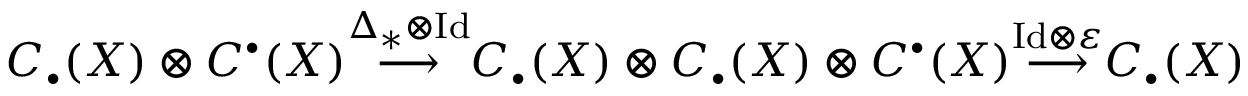
C _ { \bullet } ( X ) \otimes C ^ { \bullet } ( X ) { \overset { \Delta _ { * } \otimes \mathrm { I d } } { \longrightarrow } } C _ { \bullet } ( X ) \otimes C _ { \bullet } ( X ) \otimes C ^ { \bullet } ( X ) { \overset { \mathrm { I d } \otimes \varepsilon } { \longrightarrow } } C _ { \bullet } ( X )